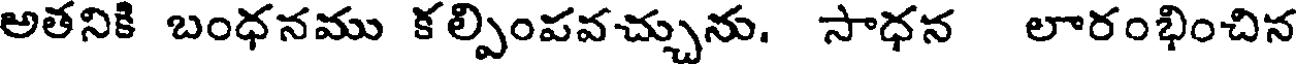
అతనికి బంధనము కల్పింపవచ్చును. సాధన లారంభించిన